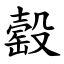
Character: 䍍